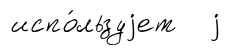
испо́льзуjет j